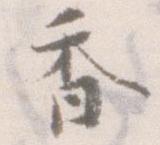
香